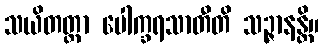
သယိတတ္တာ ပေါက္ခရသာတီတိ သဉ္ဇာနန္တိ။